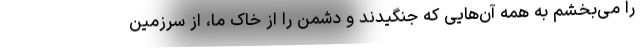
را می‌بخشم به همه‌ آن‌هایی که جنگیدند و دشمن را از خاک ما، از سرزمین‌